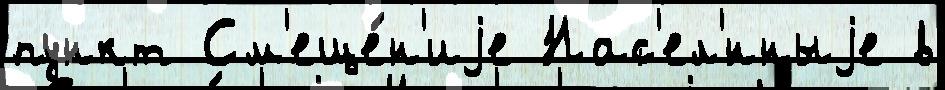
пункт См'еще́н'иjе Нас'ел'́нныjе в